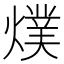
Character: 𭶅